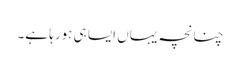
چنانچہ یہاں ایسا ہی ہورہا ہے۔